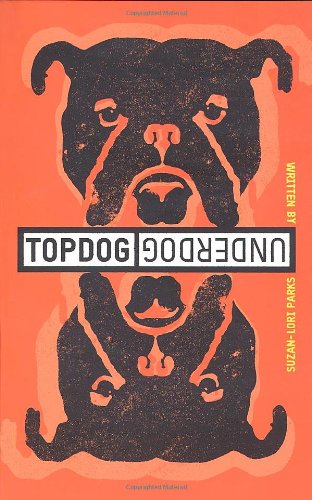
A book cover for Topdog/Underdog; Suzan-Lori Parks; Literature & Fiction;